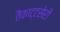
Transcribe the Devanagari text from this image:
तैकाट्टसेरी